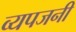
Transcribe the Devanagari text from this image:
व्यपजनी